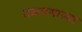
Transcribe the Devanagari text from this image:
तळपणाऱ्या